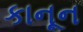
કાનૂન